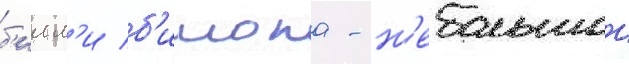
б'илл'и б'ишопа - н'ебольшои